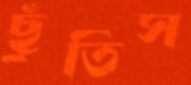
ছুঁতিস